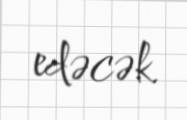
edəcək.